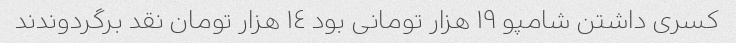
کسری داشتن شامپو ١٩ هزار تومانی بود ١٤ هزار تومان نقد برگردوندند